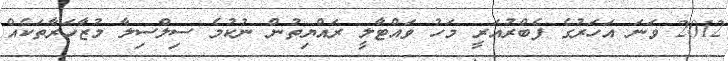
2012 ވަނަ އަހަރުގެ ފެބްރުއަރީ މަހު ވައްޓާލީ ރައްޔިތުން ނުކުމެ ސިލްސިލާ މުޒާހަރާތަކެއް